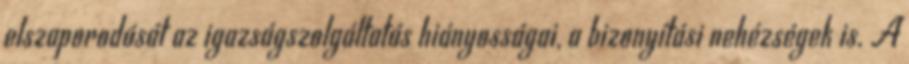
elszaporodását az igazságszolgáltatás hiányosságai, a bizonyítási nehézségek is. A